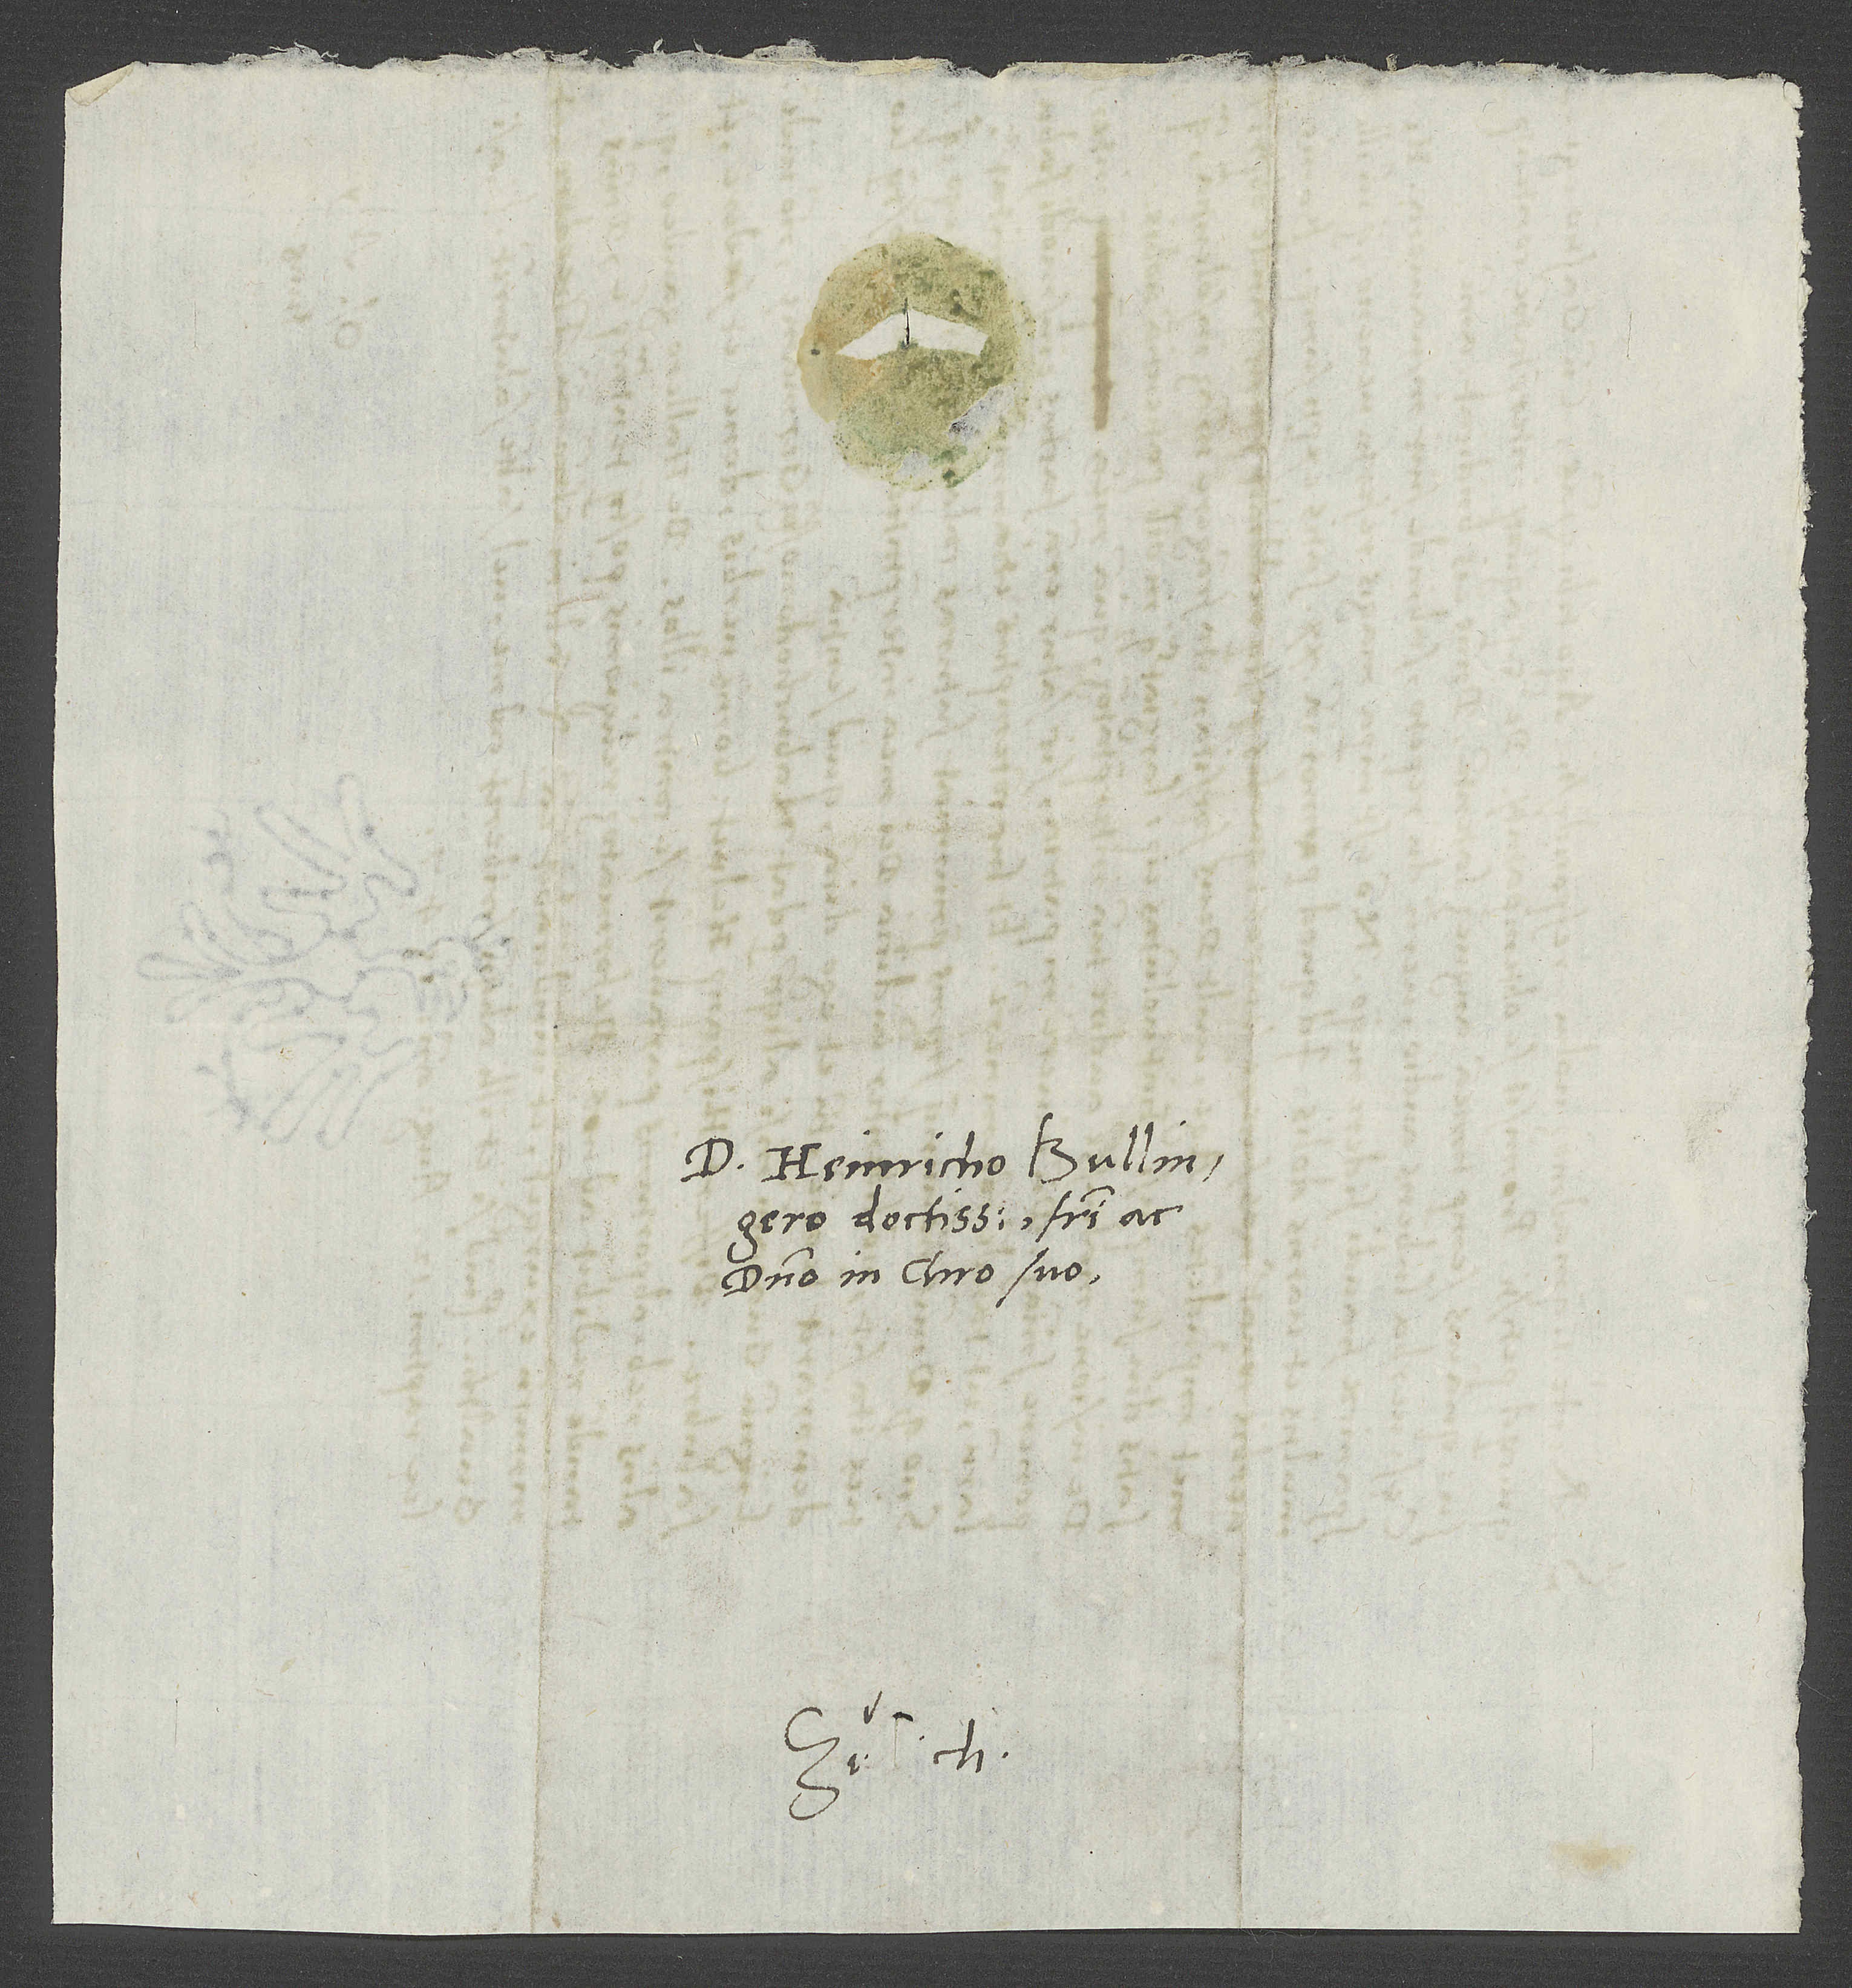
S.

D. Heinricho Bullingero
doctissimo, fratri et
domino in Christo suo.